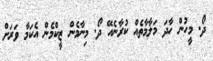
ދޯ. މީހުން ހާދަ މަލާމާތެއް ކުރާނެއޭ ދޯ. މިނާމެން ޒީކްމެން އެކަމާ ވަރަށް